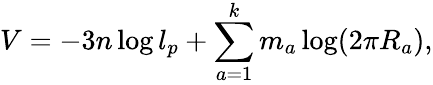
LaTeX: V=-3n\log l_{p}+\sum_{a=1}^{k}m_{a}\log(2\pi R_{a}),